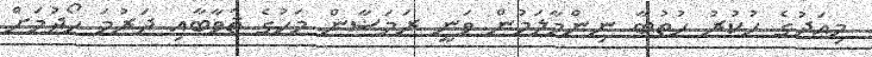
މިއަދުގެ ހުކުރު ހުތުބާ ނިންމާލަމުން ވަނީ ރަމަޟާން މަހުގެ ޘަވާބާއި ދަރުމަ ހޯދުމަށް